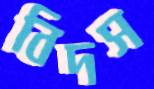
বিদস